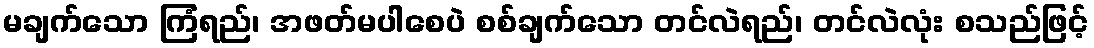
မချက်သော ကြံရည်၊ အဖတ်မပါစေပဲ စစ်ချက်သော တင်လဲရည်၊ တင်လဲလုံး စသည်ဖြင့်